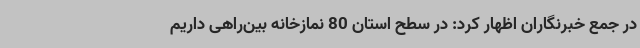
در جمع خبرنگاران اظهار کرد: در سطح استان 80 نمازخانه بین‌راهی داریم